Indian journal of veterinary science and animal husbandry - Volume 5,
Year: 1935
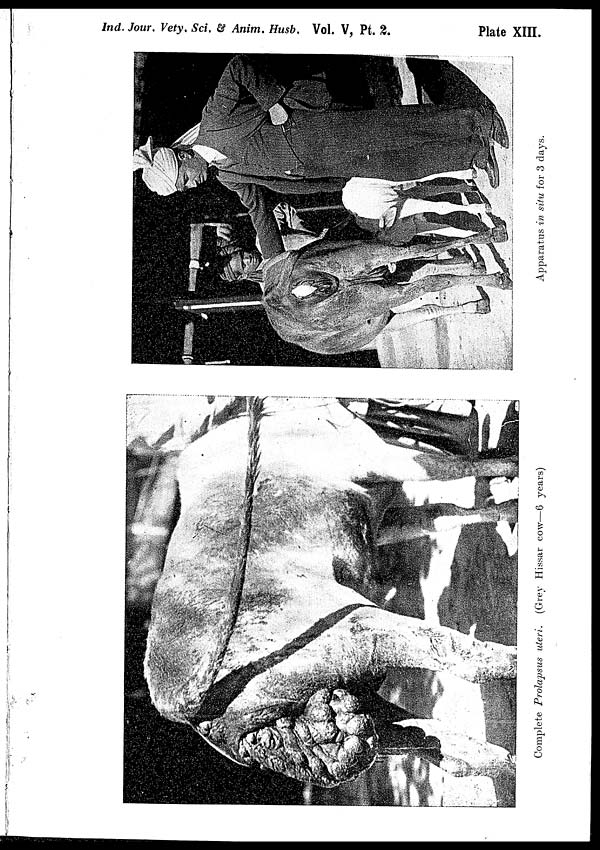
Ind. Jour. Vety. Sci. & Anim. Husb. Vol. V, Pt.
2.
Plate XIII.
Complete Prolapsus uteri.
(Grey Hissar cow—6 years)
Apparatus in situ for 3 days.